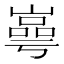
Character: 㠋